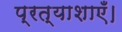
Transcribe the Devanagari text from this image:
प्रत्याशाएँ।